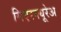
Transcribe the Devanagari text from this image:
मिएरक्यूरेअ